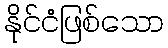
နိုင်ငံဖြစ်သော